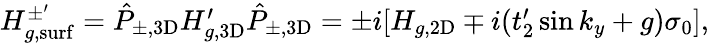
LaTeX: \begin{array}{r}{H_{g,\mathrm{surf}}^{\pm^{\prime}}=\hat{P}_{\pm,\mathrm{3D}}H_{g,\mathrm{3D}}^{\prime}\hat{P}_{\pm,\mathrm{3D}}=\pm i[H_{g,\mathrm{2D}}\mp i(t_{2}^{\prime}\sin k_{y}+g)\sigma_{0}],}\end{array}